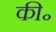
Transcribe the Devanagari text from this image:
की॰